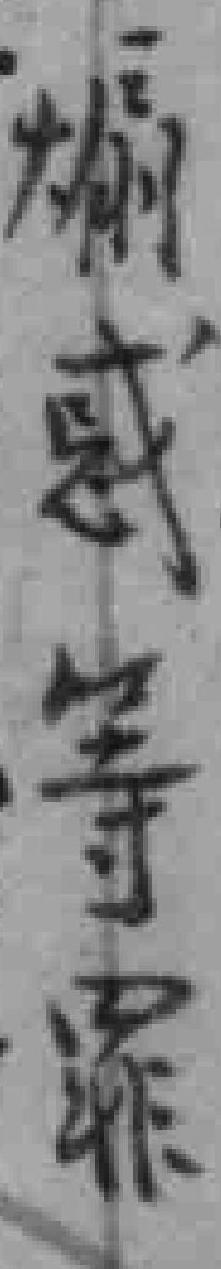
煽惑等罪